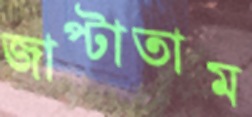
জাপ্‌টাতাম